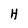
Character: H